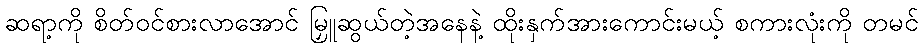
ဆရာ့ကို စိတ်ဝင်စားလာအောင် မြှူဆွယ်တဲ့အနေနဲ့ ထိုးနှက်အားကောင်းမယ့် စကားလုံးကို တမင်